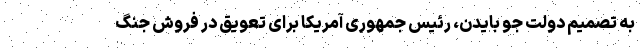
به تصمیم دولت جو بایدن، رئیس جمهوری آمریکا برای تعویق در فروش جنگ